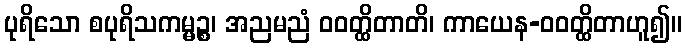
ပုရိသော စပုရိသကမ္မဉ္စ၊ အညမညံ ဝဝတ္ထိတာတိ၊ ကာယေန-ဝဝတ္ထိတာဟူ၍။